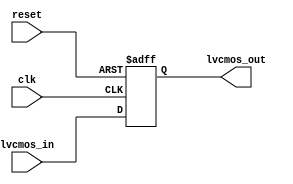
module lvcmos_buffer (
    input wire clk,
    input wire reset,
    input wire lvcmos_in,
    output reg lvcmos_out
);

always @ (posedge clk or posedge reset) begin
    if (reset) begin
        lvcmos_out <= 1'b0;
    end else begin
        lvcmos_out <= lvcmos_in;
    end
end

endmodule